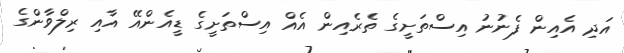
އަދި އެއިން ފެނުނު އިސްތަށީގެ ތެރެއިން އެއް އިސްތަށީގެ ޑީއެންއޭ އާއި ރިލްވާންގެ